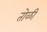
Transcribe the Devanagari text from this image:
तोळी